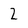
Character: 2